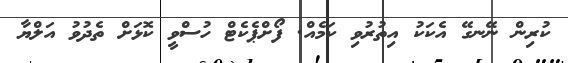
ކުރިން ނޭނގޭ އެކަކު އިތުރުވި ކަމެއް. ފޯށްޕެކެޓް ހުސްވީ ކޮޅަށް ތެދުވު އަލްޔާ